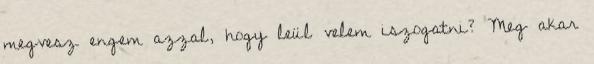
megvesz engem azzal, hogy leül velem iszogatni? Meg akar